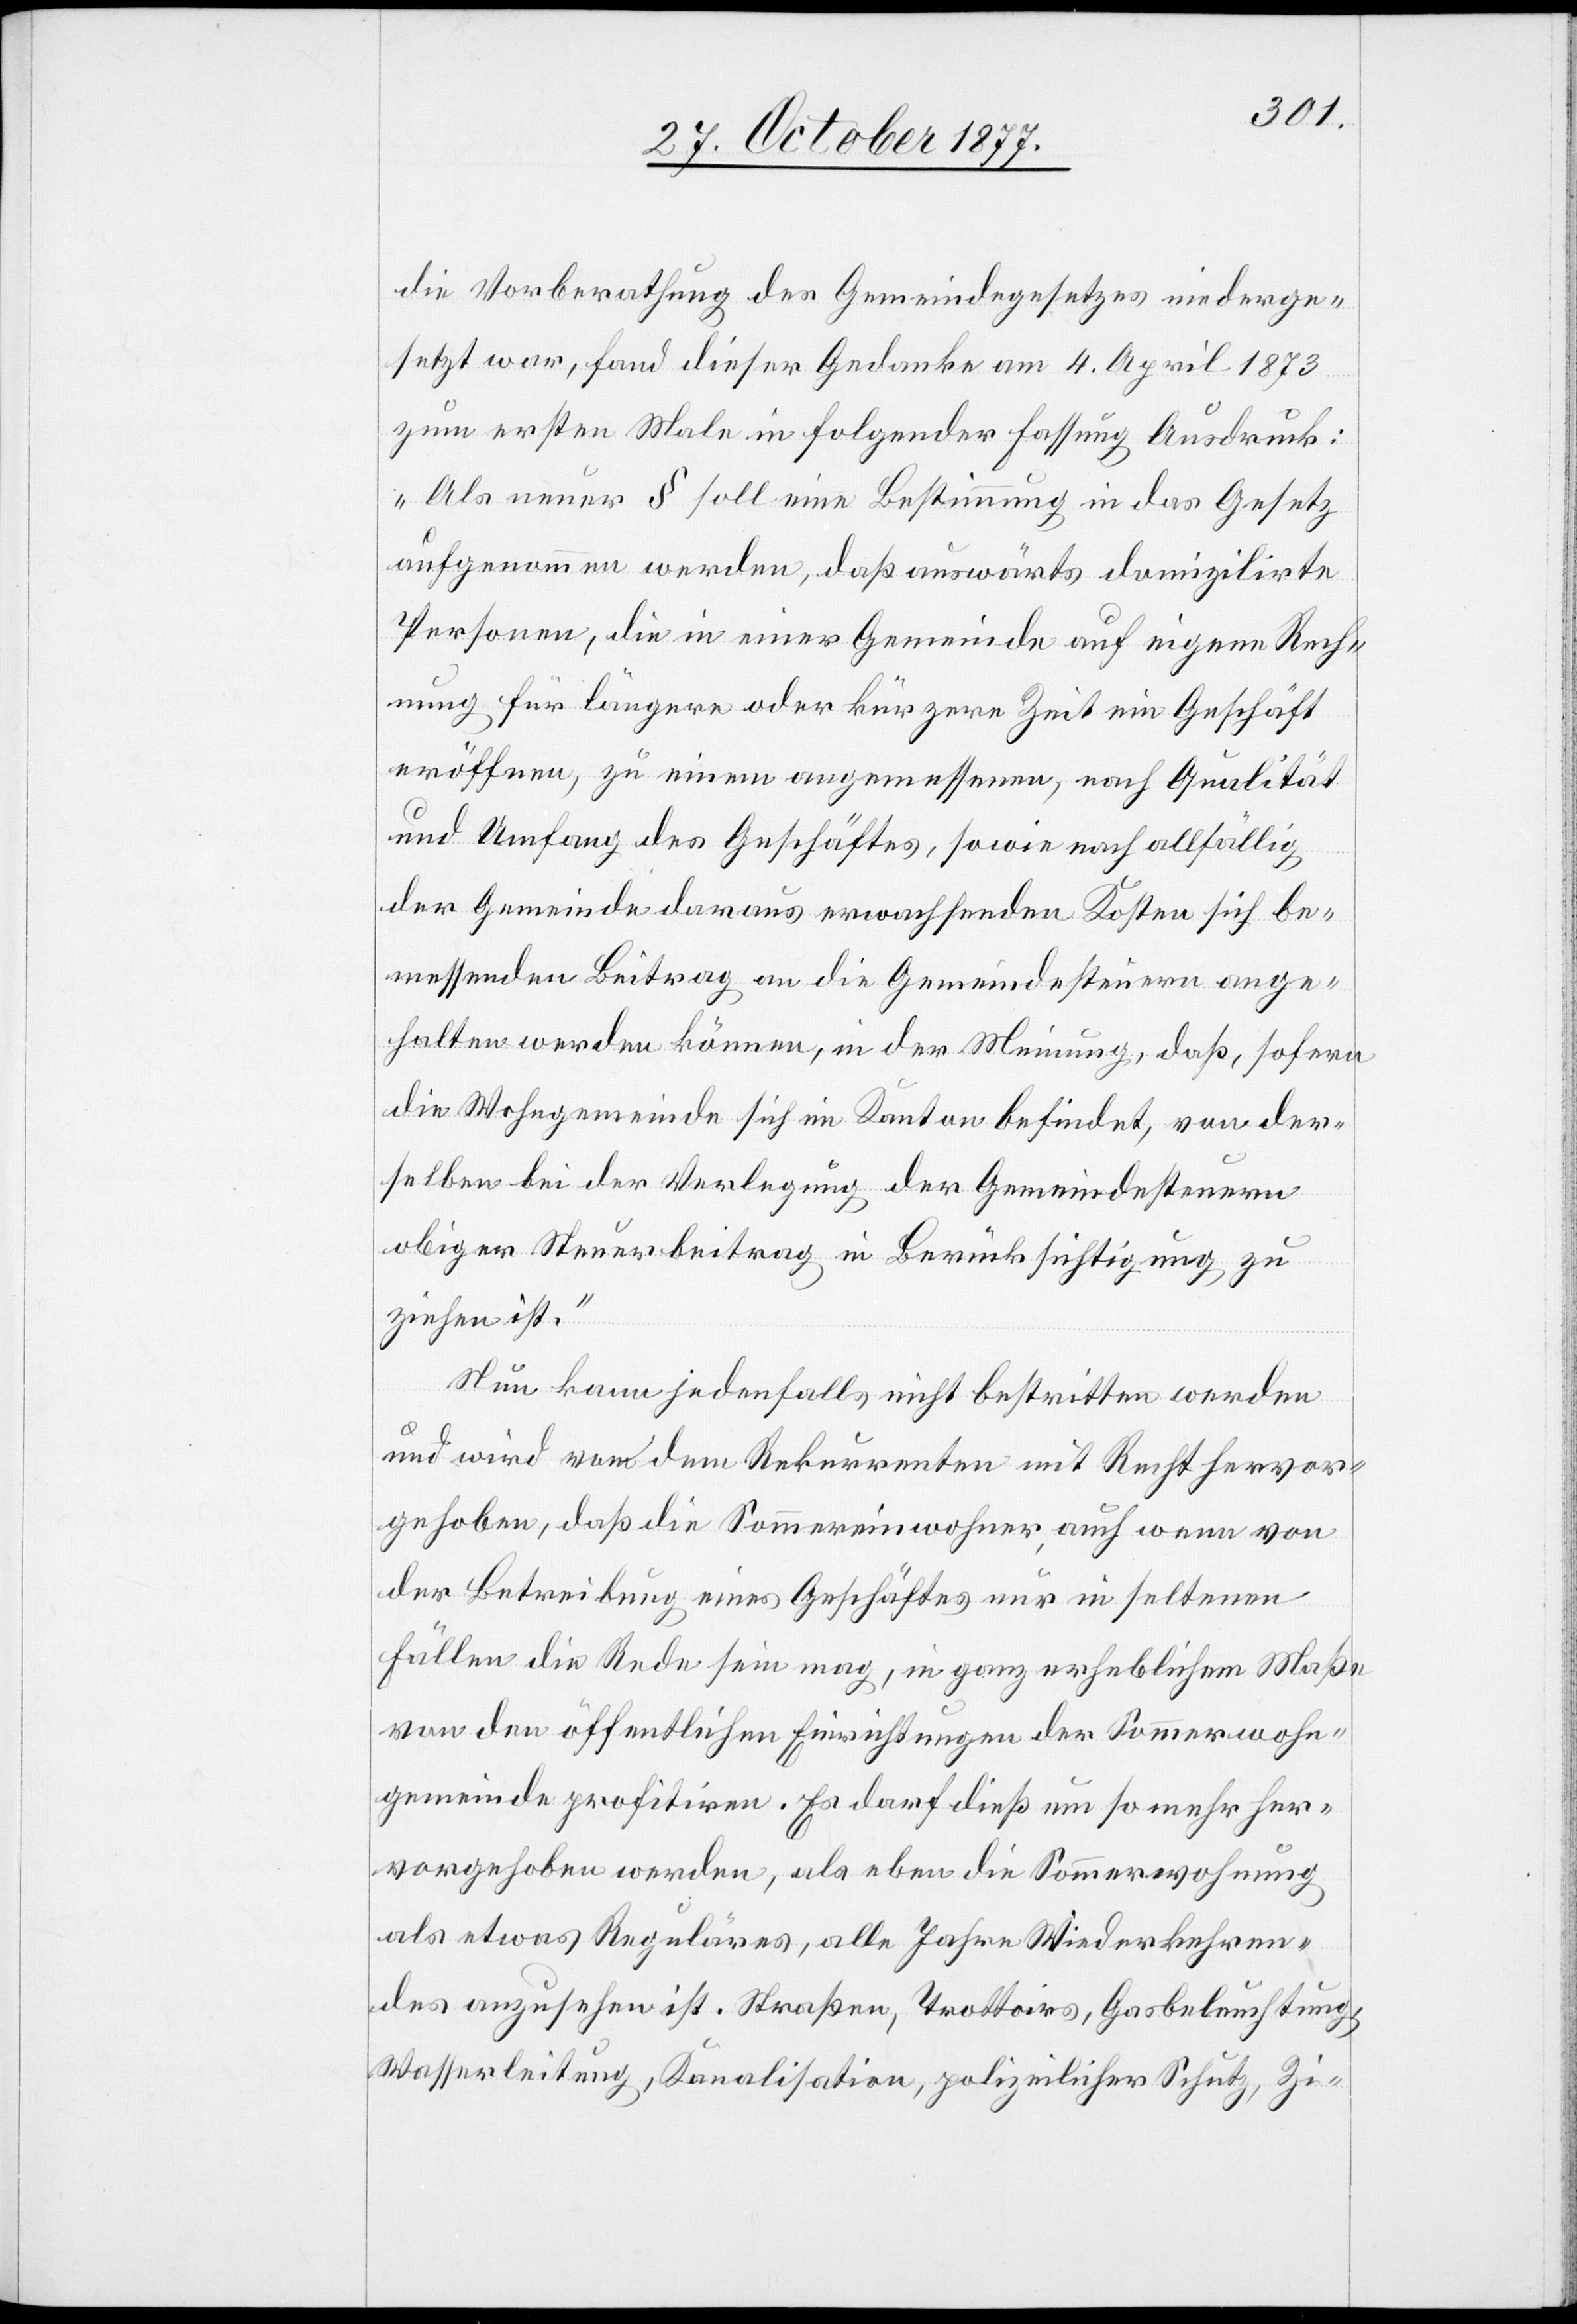
die Vorberathung des Gemeindegesetzes niederge¬
setzt war, fand dieser Gedanke am 4. April 1873
zum ersten Male in folgender Fassung Ausdruck:
„Als neuer § soll eine Bestimmung in das Gesetz
aufgenommen werden, daß auswärts domizilirte
Personen, die in einer Gemeinde auf eigene Rech¬
nung für längere oder kürzere Zeit ein Geschäft
eröffnen, zu einem angemessenen, nach Qualität
und Umfang des Geschäftes, sowie nach allfällig
der Gemeinde daraus erwachsenden Kosten sich be¬
messenden Beitrag an die Gemeindesteuern ange¬
halten werden können, in der Meinung, daß, sofern
die Wohngemeinde sich im Kanton befindet, von der¬
selben bei der Verlegung der Gemeindesteuern
obiger Steuerbeitrag in Berücksichtigung zu
ziehen ist.“
Nun kann jedenfalls nicht bestritten werden
und wird von dem Rekurrenten mit Recht hervor¬
gehoben, daß die Sommereinwohner, auch wenn von
der Betreibung eines Geschäftes nur in seltenen
Fällen die Rede sein mag, in ganz erheblichem Maße
von den öffentlichen Einrichtungen der Sommerwohn¬
gemeinde profitiren. Es darf dieß um so mehr her¬
vorgehoben werden, als eben die Sommerwohnung
als etwas Reguläres, alle Jahre Wiederkehren¬
des anzusehen ist. Straßen, Trottoirs, Gasbeleuchtung,
Wasserleitung, Kanalisation, polizeilicher Schutz, Zi-